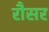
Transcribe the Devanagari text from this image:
रौसर